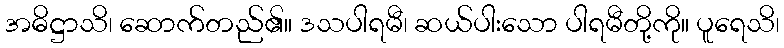
အဓိဋ္ဌာသိ၊ ဆောက်တည်၏။ ဒသပါရမီ၊ ဆယ်ပါးသော ပါရမီတို့ကို။ ပူရေသိ၊